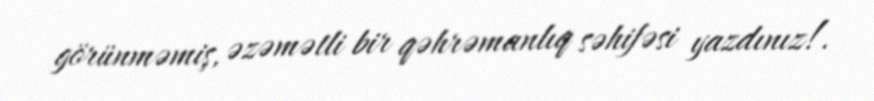
görünməmiş, əzəmətli bir qəhrəmanlıq səhifəsi yazdınız!.